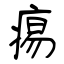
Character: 痬